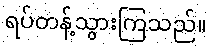
ရပ်တန့်သွားကြသည်။